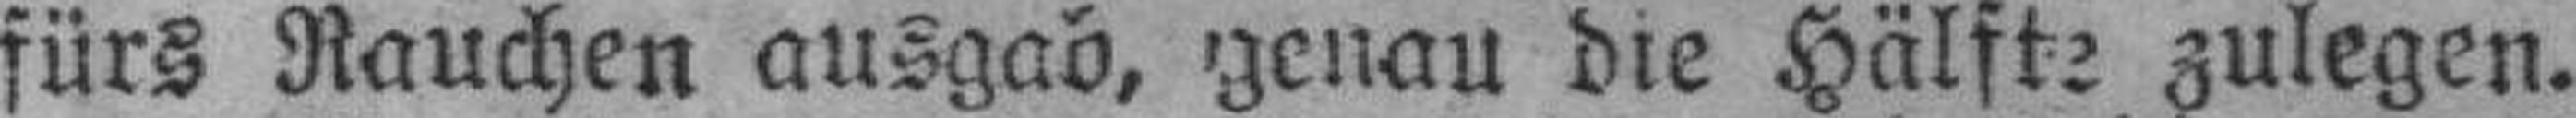
fürs Rauchen ausgab, genau die Hälfte zulegen.